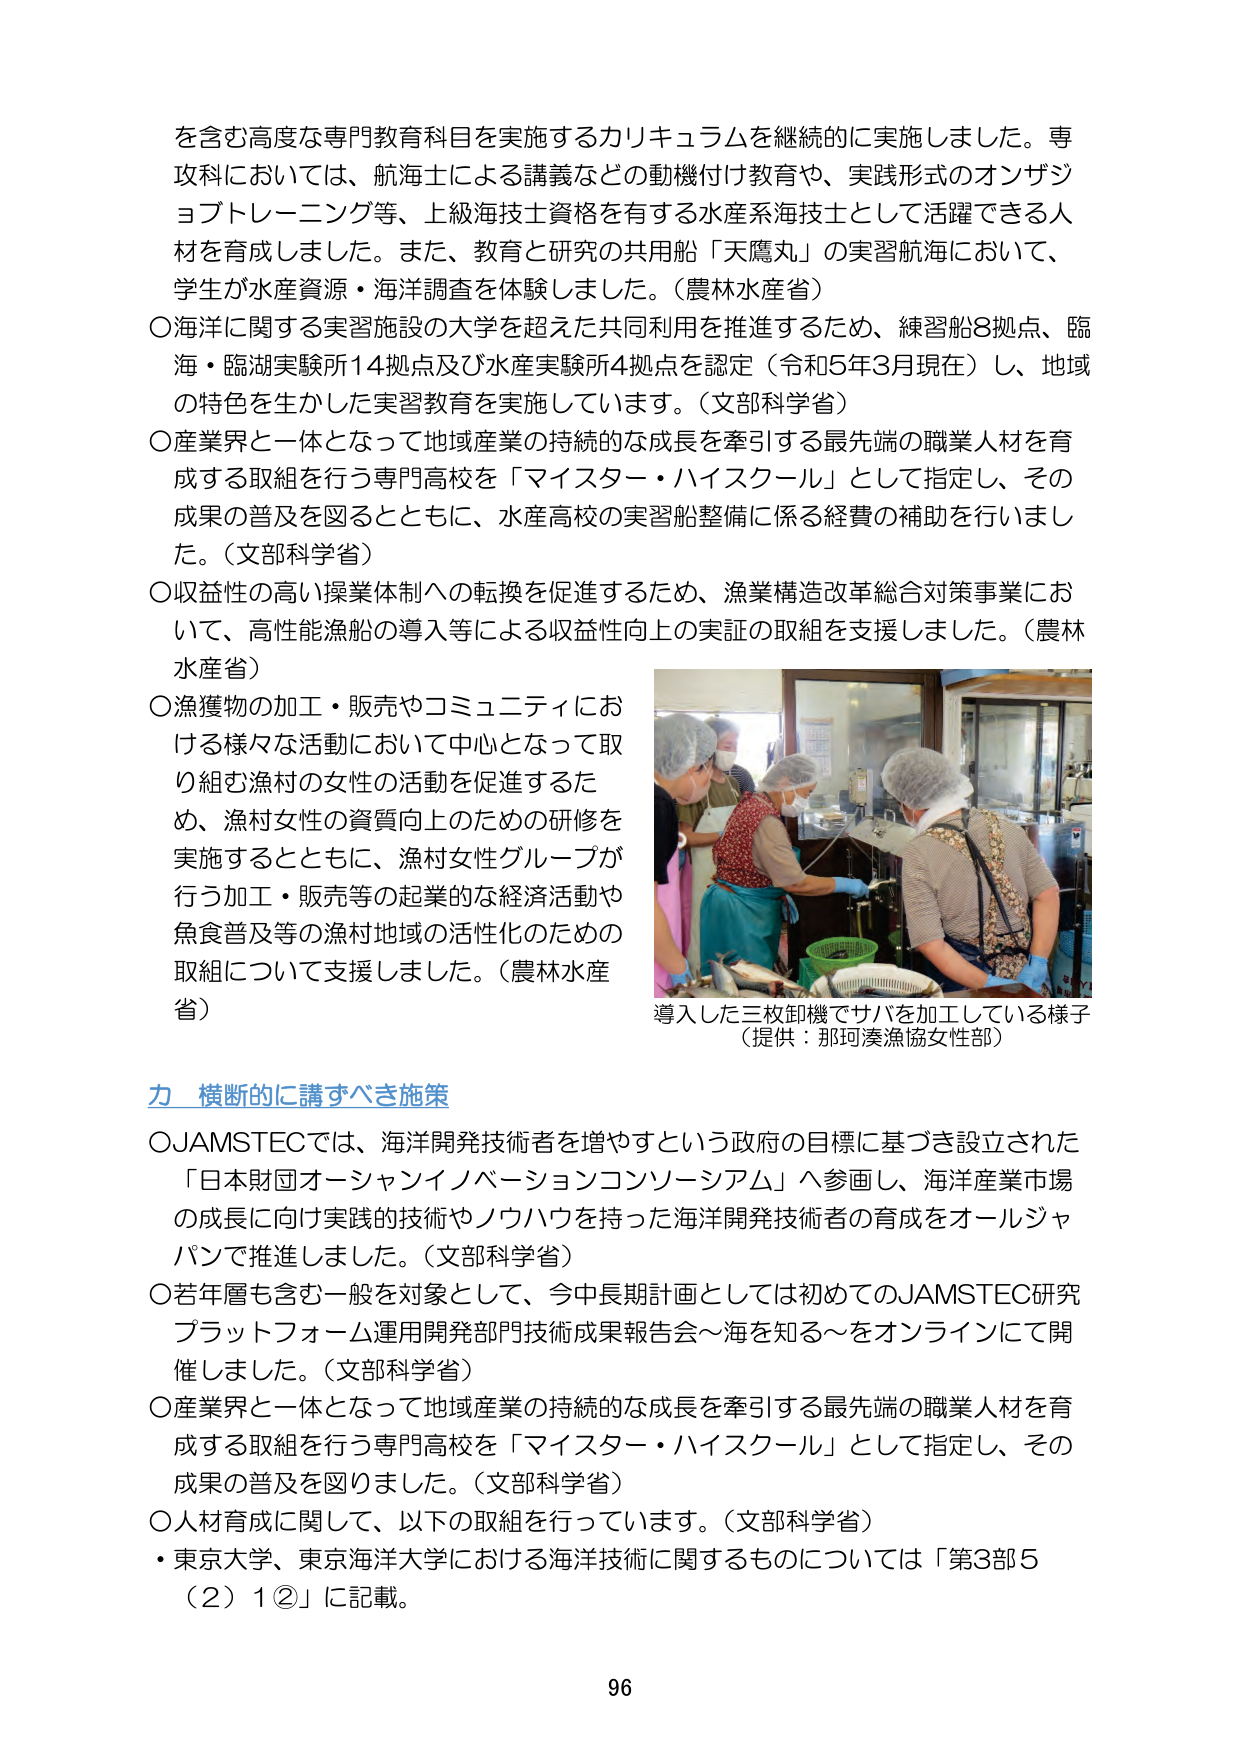
を含む高度な専門教育科目を実施するカリキュラムを継続的に実施しました。専攻科においては、航海士による講義などの動機付け教育や、実践形式のオンザジョブトレーニング等、上級海技士資格を有する水産系海技士として活躍できる人材を育成しました。また、教育と研究の共用船「天鷹丸」の実習航海において、学生が水産資源・海洋調査を体験しました。（農林水産省）

○海洋に関する実習施設の大学を超えた共同利用を推進するため、練習船8拠点、臨海・臨湖実験所14拠点及び水産実験所4拠点を認定（令和5年3月現在）し、地域の特色を生かした実習教育を実施しています。（文部科学省）

○産業界と一体となって地域産業の持続的な成長を牽引する最先端の職業人材を育成する取組を行う専門高校を「マイスター・ハイスクール」として指定し、その成果の普及を図るとともに、水産高校の実習船整備に係る経費の補助を行いました。（文部科学省）

○収益性の高い操業体制への転換を促進するため、漁業構造改革総合対策事業において、高性能漁船の導入等による収益性向上の実証の取組を支援しました。（農林水産省）

○漁獲物の加工・販売やコミュニティにおける様々な活動において中心となって取り組む漁村の女性の活動を促進するため、漁村女性の資質向上のための研修を実施するとともに、漁村女性グループが行う加工・販売等の起業的な経済活動や魚食普及等の漁村地域の活性化のための取組について支援しました。（農林水産省）

導入した三枚卸機でサバを加工している様子
（提供：那珂湊漁協女性部）

力 横断的に講ずべき施策

○JAMSTECでは、海洋開発技術者を増やすという政府の目標に基づき設立された「日本財団オーシャンイノベーションコンソーシアム」へ参画し、海洋産業市場の成長に向け実践的技術やノウハウを持った海洋開発技術者の育成をオールジャパンで推進しました。（文部科学省）

○若年層も含む一般を対象として、今中長期計画としては初めてのJAMSTEC研究プラットフォーム運用開発部門技術成果報告会～海を知る～をオンラインにて開催しました。（文部科学省）

○産業界と一体となって地域産業の持続的な成長を牽引する最先端の職業人材を育成する取組を行う専門高校を「マイスター・ハイスクール」として指定し、その成果の普及を図りました。（文部科学省）

○人材育成に関して、以下の取組を行っています。（文部科学省）
・東京大学、東京海洋大学における海洋技術に関するものについては「第3部5（2）1②」に記載。

96